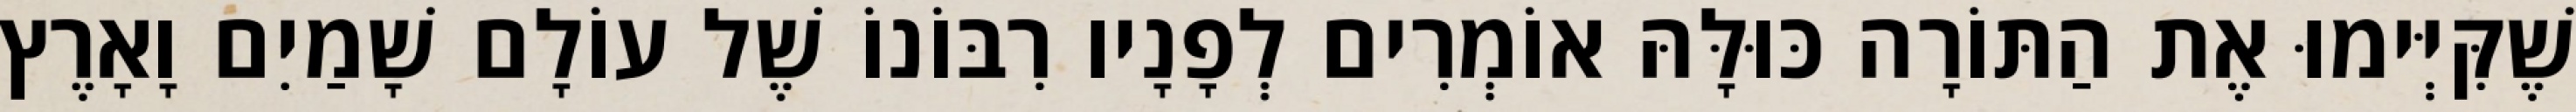
שֶׁקִּיְּימוּ אֶת הַתּוֹרָה כּוּלָּהּ אוֹמְרִים לְפָנָיו רִבּוֹנוֹ שֶׁל עוֹלָם שָׁמַיִם וָאָרֶץ